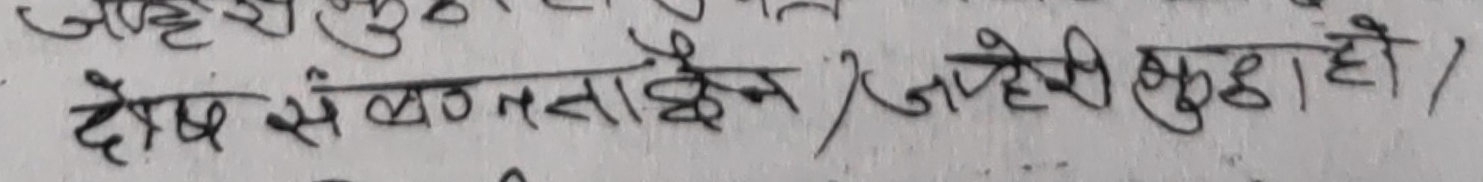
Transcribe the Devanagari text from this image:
दोष से बढाईन जहेडी कुछा ही।